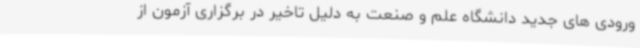
ورودی های جدید دانشگاه علم و صنعت به دلیل تاخیر در برگزاری آزمون از